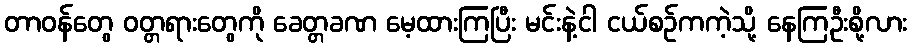
တာဝန်တွေ ဝတ္တရားတွေကို ခေတ္တခဏ မေ့ထားကြပြီး မင်းနဲ့ငါ ငယ်စဉ်ကကဲ့သို့ နေကြဦးစို့လား